Civil Veterinary Department. Madras. Admin. report 1926-33 - 1926-1933
Year: 1926
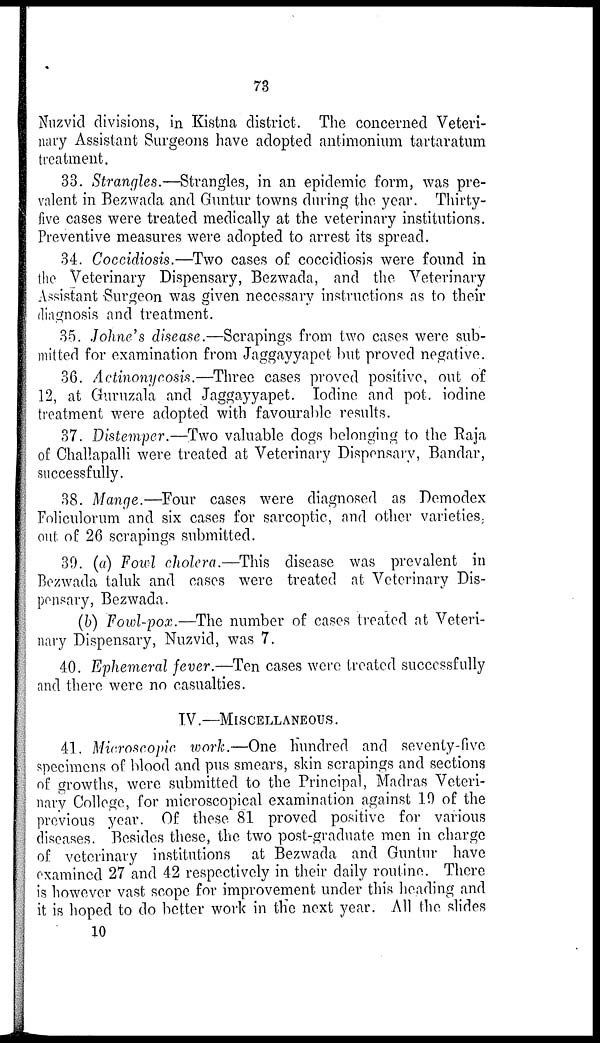
73
Nuzvid divisions, in Kistna district. The concerned Veteri-
nary Assistant Surgeons have adopted antimonium tartaratum
treatment.
33. Strangles.—Strangles, in an epidemic form, was pre-
valent in Bezwada and Guntur towns during the year. Thirty-
five cases were treated medically at the veterinary institutions.
Preventive measures were adopted to arrest its spread.
34. Coccidiosis.—Two cases of coccidiosis were found in
the Veterinary Dispensary, Bezwada, and the Veterinary
Assistant Surgeon was given necessary instructions as to their
diagnosis and treatment.
35. Johne's disease.—Scrapings from two cases were sub-
mitted for examination from Jaggayyapet but proved negative.
36. Actinonycosis.—Three cases proved positive, out of
12, at Guruzala and Jaggayyapet. Iodine and pot. iodine
treatment were adopted with favourable results.
37. Distemper.—Two valuable dogs belonging to the Raja
of Challapalli were treated at Veterinary Dispensary, Bandar,
successfully.
38. Mange.—Four cases were diagnosed as Demodex
Foliculorum and six cases for sarcoptic, and other varieties,
out of 26 scrapings submitted.
39. (a) Fowl cholera.—This disease was prevalent in
Bezwada taluk and cases were treated at Veterinary Dis-
pensary, Bezwada.
(b) Fowl-pox.—The number of cases treated at Veteri-
nary Dispensary, Nuzvid, was 7.
40. Ephemeral fever.—Ten cases were treated successfully
and there were no casualties.
IV.—MISCELLANEOUS.
41. Microscopic work.—One hundred and seventy-five
specimens of blood and pus smears, skin scrapings and sections
of growths, were submitted to the Principal, Madras Veteri-
nary College, for microscopical examination against 10 of the
previous year. Of these 81 proved positive for various
diseases. Besides these, the two post-graduate men in charge
of veterinary institutions at Bezwada and Guntur have
examined 27 and 42 respectively in their daily routine. There
is however vast scope for improvement under this heading and
it is hoped to do better work in the next year. All the slides
10